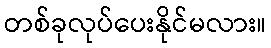
တစ်ခုလုပ်ပေးနိုင်မလား။